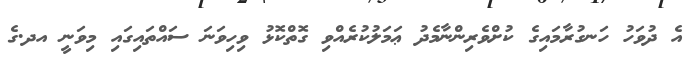
އެ ދުވަހު ހަނގުރާމައިގެ ކުށްވެރިންނާމެދު ޢަމަލުކުރެއްވި ގޮތްކޮޅު ވިހިވަނަ ސައްތައިގައި މިވަނީ އދ.ގެ